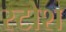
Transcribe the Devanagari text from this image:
स्टोश